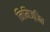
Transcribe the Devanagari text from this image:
निमिज्जित